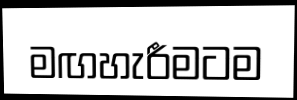
මඟහැරීමටම